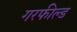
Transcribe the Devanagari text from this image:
गरफील्ड